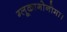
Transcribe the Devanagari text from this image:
ग्लूकागोनोमा।